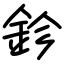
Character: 鉁